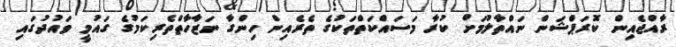
ރާއްޖެއިން ކޮރަޕްޝަން ނައްތާލުމަށް ކުރާ މަސައްކަތްތަކުގެ ތެރެއިން ހިންގާ ނަޒާހާތްތެރިކަމުގެ ގައުމީ ވައުދުގައި